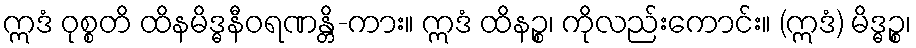
ဣဒံ ဝုစ္စတိ ထိနမိဒ္ဓနီဝရဏန္တိ-ကား။ ဣဒံ ထိနဉ္စ၊ ကိုလည်းကောင်း။ (ဣဒံ) မိဒ္ဓဉ္စ၊